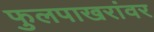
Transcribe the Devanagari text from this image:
फुलपाखरांवर